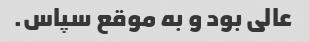
عالی بود و به موقع سپاس.